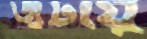
জুটায়